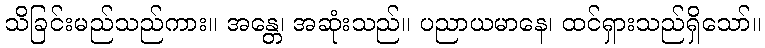
သိခြင်းမည်သည်ကား။ အန္တေ၊ အဆုံးသည်။ ပညာယမာနေ၊ ထင်ရှားသည်ရှိသော်။